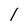
Character: 1